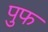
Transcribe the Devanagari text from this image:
पुफ